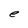
Character: e